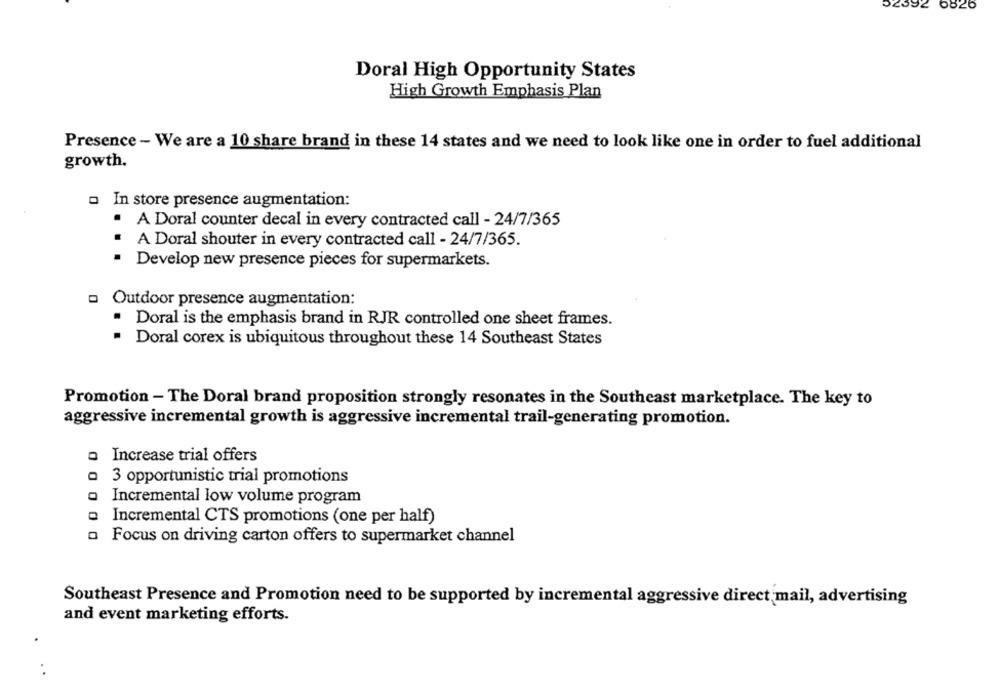
02392 6826
Doral High Opportunity States
High Growth Emphasis Plan
Presence - We are a 10 share brand in these 14 states and we need to look like one in order to fuel additional
growth.
- In store presence augmentation:
· A Doral counter decal in every contracted call - 24/7/365
.
A Doral shouter in every contracted call - 24/7/365.
.
Develop new presence pieces for supermarkets.
Outdoor presence augmentation:
Doral is the emphasis brand in RJR controlled one sheet frames.
Doral corex is ubiquitous throughout these 14 Southeast States
Promotion - The Doral brand proposition strongly resonates in the Southeast marketplace. The key to
aggressive incremental growth is aggressive incremental trail-generating promotion.
o Increase trial offers
3 opportunistic trial promotions
Incremental low volume program
Incremental CTS promotions (one per half)
00000
Focus on driving carton offers to supermarket channel
Southeast Presence and Promotion need to be supported by incremental aggressive direct mail, advertising
and event marketing efforts.
. .